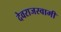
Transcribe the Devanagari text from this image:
देवराजस्वामी